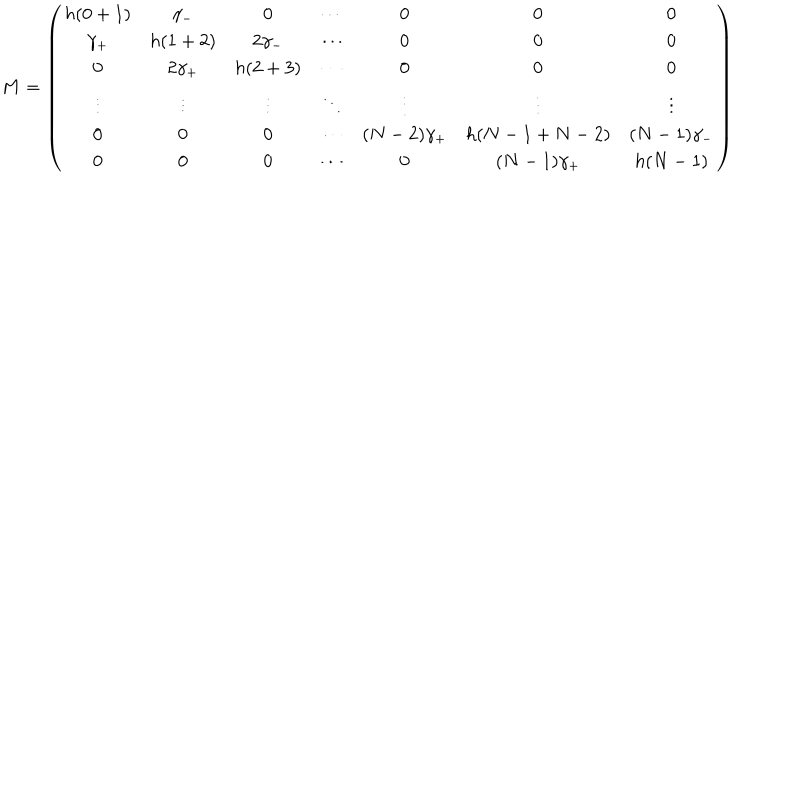
M = \left( \begin{array} { c c c c c c c } { { h ( 0 + 1 ) } } & { { \gamma _ { - } } } & { { 0 } } & { { \cdots } } & { { 0 } } & { { 0 } } & { { 0 } } \\ { { \gamma _ { + } } } & { { h ( 1 + 2 ) } } & { { 2 \gamma _ { - } } } & { { \cdots } } & { { 0 } } & { { 0 } } & { { 0 } } \\ { { 0 } } & { { 2 \gamma _ { + } } } & { { h ( 2 + 3 ) } } & { { \cdots } } & { { 0 } } & { { 0 } } & { { 0 } } \\ { { \vdots } } & { { \vdots } } & { { \vdots } } & { { \ddots } } & { { \vdots } } & { { \vdots } } & { { \vdots } } \\ { { 0 } } & { { 0 } } & { { 0 } } & { { \cdots } } & { { ( N - 2 ) \gamma _ { + } } } & { { h ( N - 1 + N - 2 ) } } & { { ( N - 1 ) \gamma _ { - } } } \\ { { 0 } } & { { 0 } } & { { 0 } } & { { \cdots } } & { { 0 } } & { { ( N - 1 ) \gamma _ { + } } } & { { h ( N - 1 ) } } \\ \end{array} \right) \nonumber